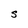
Character: S